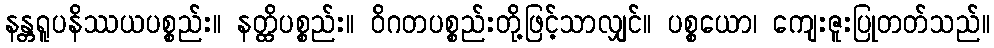
နန္တရူပနိဿယပစ္စည်း။ နတ္ထိပစ္စည်း။ ဝိဂတပစ္စည်းတို့ဖြင့်သာလျှင်။ ပစ္စယော၊ ကျေးဇူးပြုတတ်သည်။